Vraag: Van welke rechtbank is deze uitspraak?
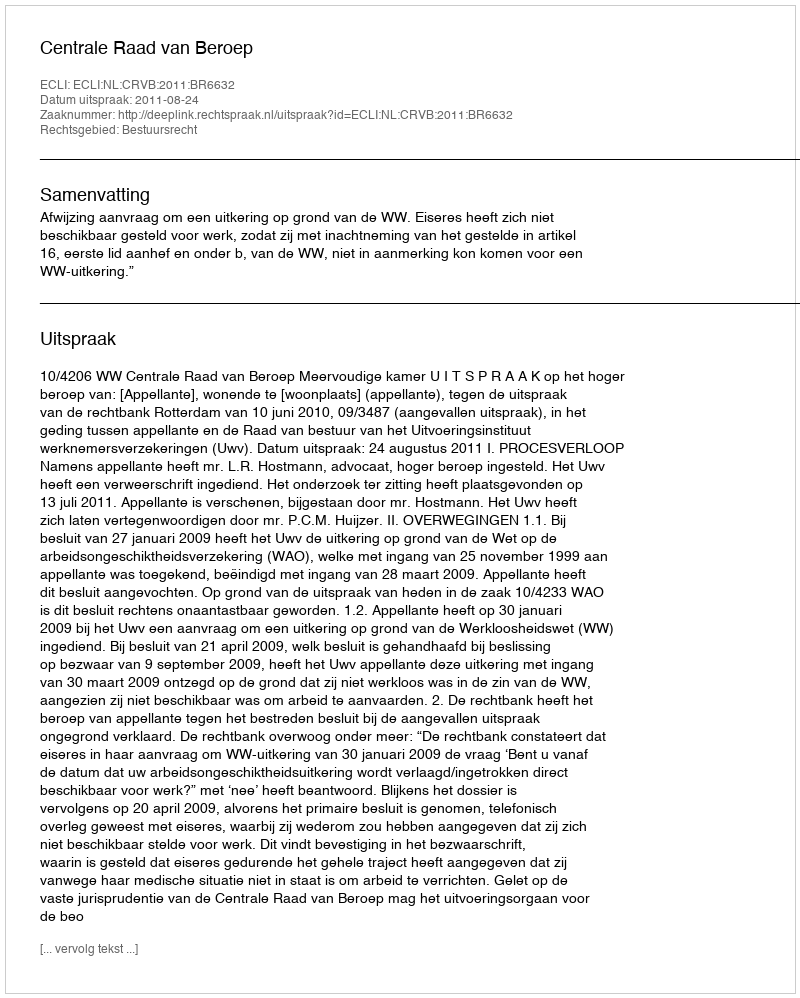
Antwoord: Centrale Raad van Beroep